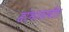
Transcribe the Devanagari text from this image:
सांभाळावीत